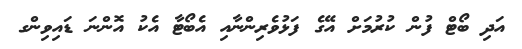
އަދި ބޯޓް ފުން ކުރުމަށް އޭގެ ފަޅުވެރިންނާއި އެބޯޓާ އެކު އޮންނަ ޑައިވިންގ